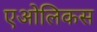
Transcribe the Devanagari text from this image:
एओलिकस